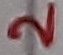
Text: 2